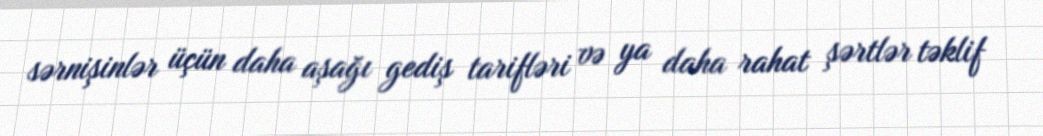
sərnişinlər üçün daha aşağı gediş tarifləri və ya daha rahat şərtlər təklif